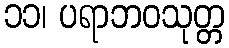
၁၁၊ ပရာဘဝသုတ္တ